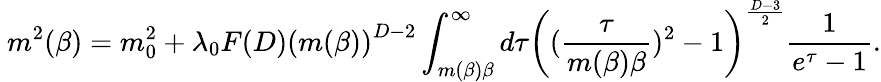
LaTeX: \ m^{2}(\beta)=m_{0}^{2}+\lambda_{0}F(D)\left(m(\beta)\right)^{D-2}\int_{m(\beta)\beta}^{\infty}d\tau\left((\frac{\tau}{m(\beta)\beta})^{2}-1\right)^{\frac{D-3}{2}}\frac{1}{e^{\tau}-1}.